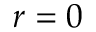
r = 0